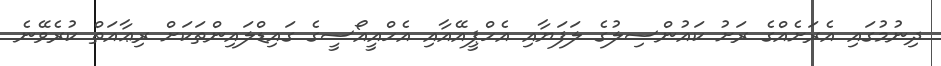
ދިނުމުގައި އެރަށެއްގެ ރަށު ކައުންސިލުގެ ލަފަޔާއި އެހްޕީއޭއާއި އެހްއީއޯސީގެ ގައިޑްލައިންތަކަށް ރިޢާއަތް ކުރެވޭނެ